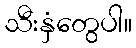
သီးနှံတွေပါ။